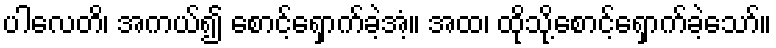
ပါလေတိ၊ အကယ်၍ စောင့်ရှောက်ခဲ့အံ့။ အထ၊ ထိုသို့စောင့်ရှောက်ခဲ့သော်။